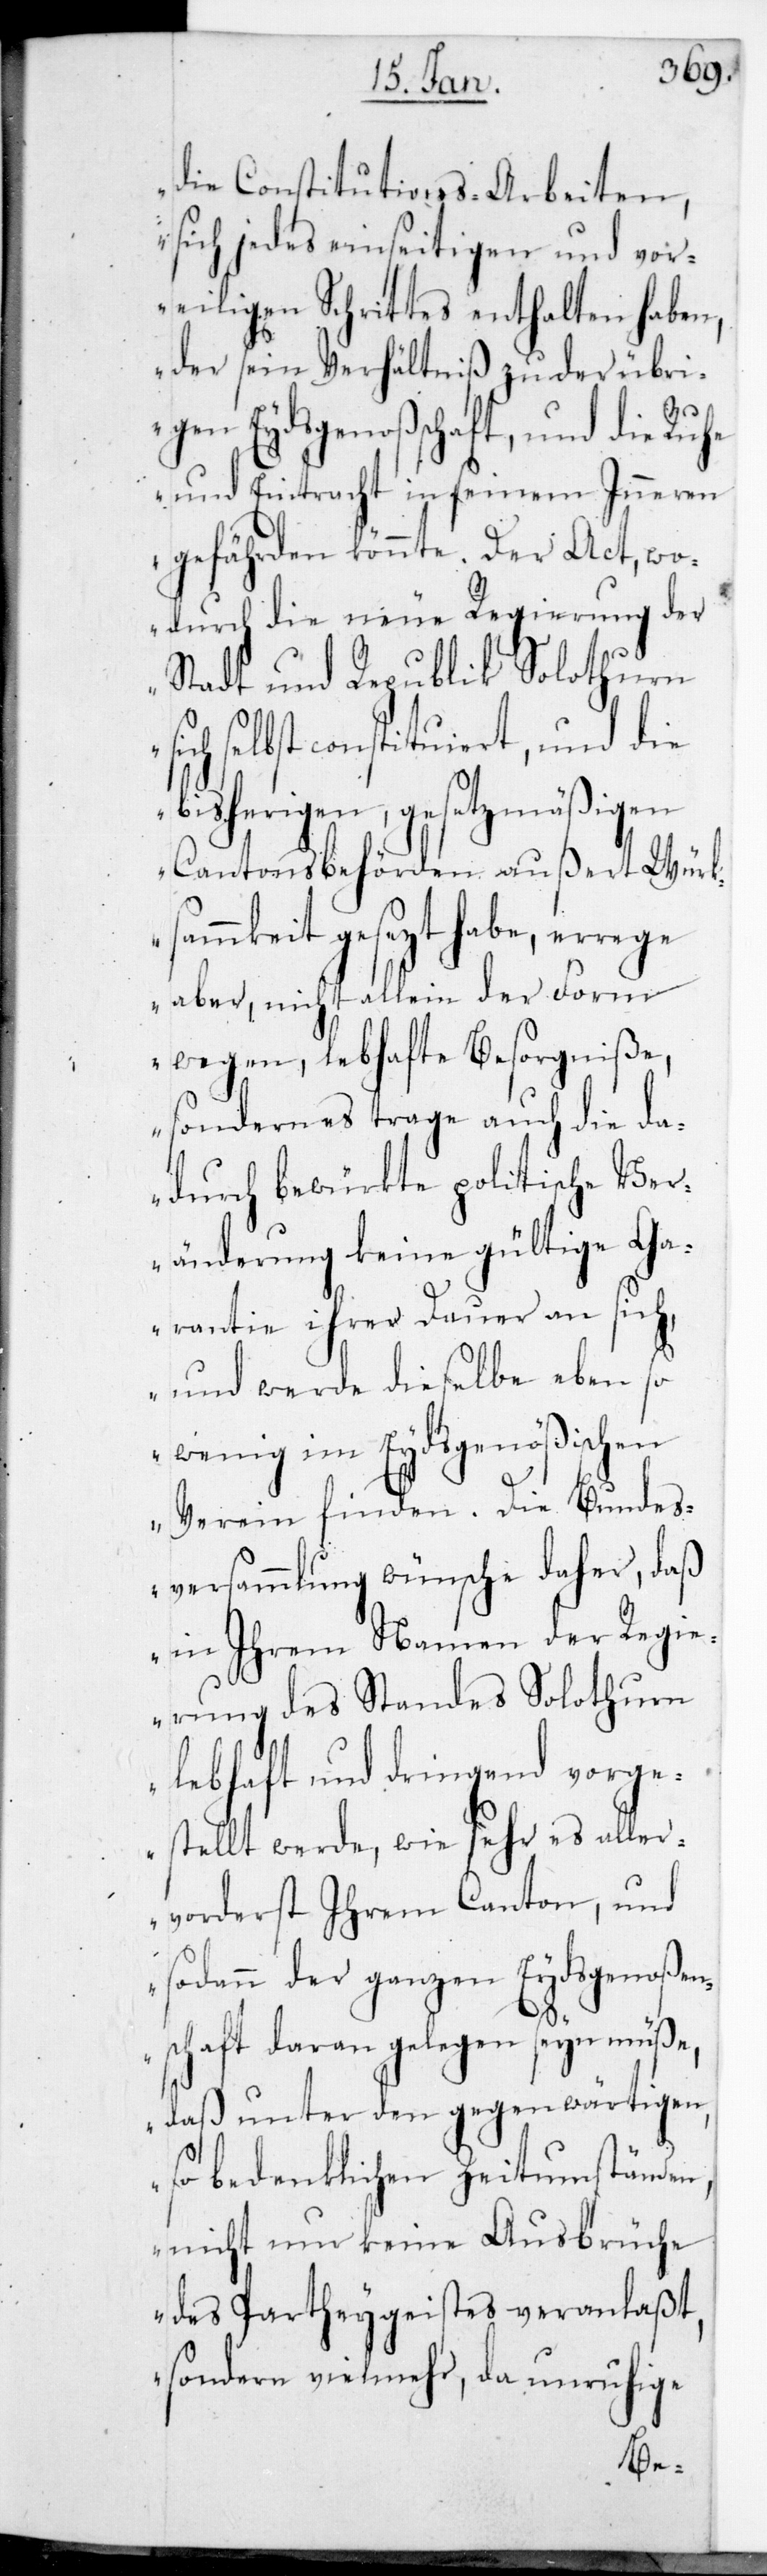
die Constitutions-Arbeiten,
sich jedes einseitigen und vor¬
eiligen Schrittes enthalten haben,
der sein Verhältniß zu der übri¬
gen Eydsgenoßenschaft, und die Ruhe
und Eintracht in seinem Inneren
gefährden könnte. Der Act, wo¬
durch die neue Regierung der
Stadt und Republik Solothurn
selbst konstituiert, und die
bisherigen, gesetzmäßigen
Cantonsbehörden außert Würks¬
ammkeit gesetzt habe, errege
aber, nicht allein der Form
wegen, lebhafte Besorgniße,
sondern es trage auch die da¬
durch bewürkte politische Ver¬
änderung keine gültige Ga¬
rantie ihrer Dauer an sich,
und werde dieselbe eben so
wenig im Eydsgenößischen
Verein finden. Die Bundes¬
versammlung wünsche daher, daß
in ihrem Namen der Regie¬
rung des Standes Solothurn
lebhaft und dringend vorge¬
stellt werde, wie sehr es aller¬
vorderst Ihrem Canton, und
sodann der ganzen Eydsgenoßen¬
schaft daran gelegen sein müße,
daß unter den gegenwärtigen
so bedenklichen Zeitumständen,
nicht nur keine Ausbrüche
des Parteigeistes veranlaßt,
sondern vielmehr, da unruhige